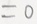
= 0